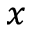
_ x